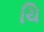
ચિ